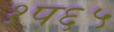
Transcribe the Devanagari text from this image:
१प६५